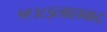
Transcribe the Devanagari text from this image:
१९३८इलाहाबाद